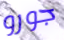
جورو